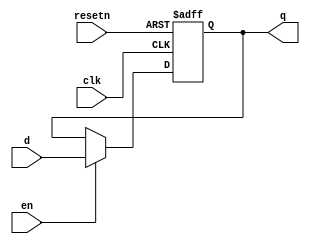
module lo_reg(d,clk,resetn,en,q);
parameter WIDTH=32;

input clk;
input resetn;
input en;
input [WIDTH-1:0] d;
output [WIDTH-1:0] q;
reg [WIDTH-1:0] q;

always @(posedge clk or negedge resetn)		//asynchronous reset
begin
	if (resetn==0)
		q<=0;
	else if (en==1)
		q<=d;
end

endmodule